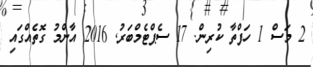
2 މަސް 1 ހަފްތާ ކުރިން. 17 ސެޕްޓެމްބަރު